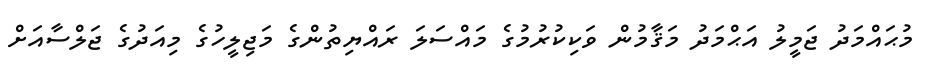
މުޙައްމަދު ޖަމީލު އަޙްމަދު މަޤާމުން ވަކިކުރުމުގެ މައްސަލަ ރައްޔިތުންގެ މަޖިލީހުގެ މިއަދުގެ ޖަލްސާއަށް